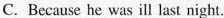
C. Because he was ill last night.